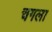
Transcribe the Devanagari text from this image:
चगला